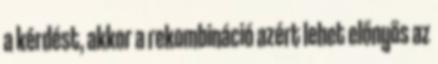
a kérdést, akkor a rekombináció azért lehet előnyös az